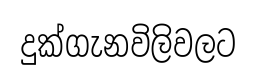
දුක්ගැනවිලිවලට